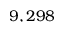
9 , 2 9 8